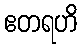
ဧတရဟိ